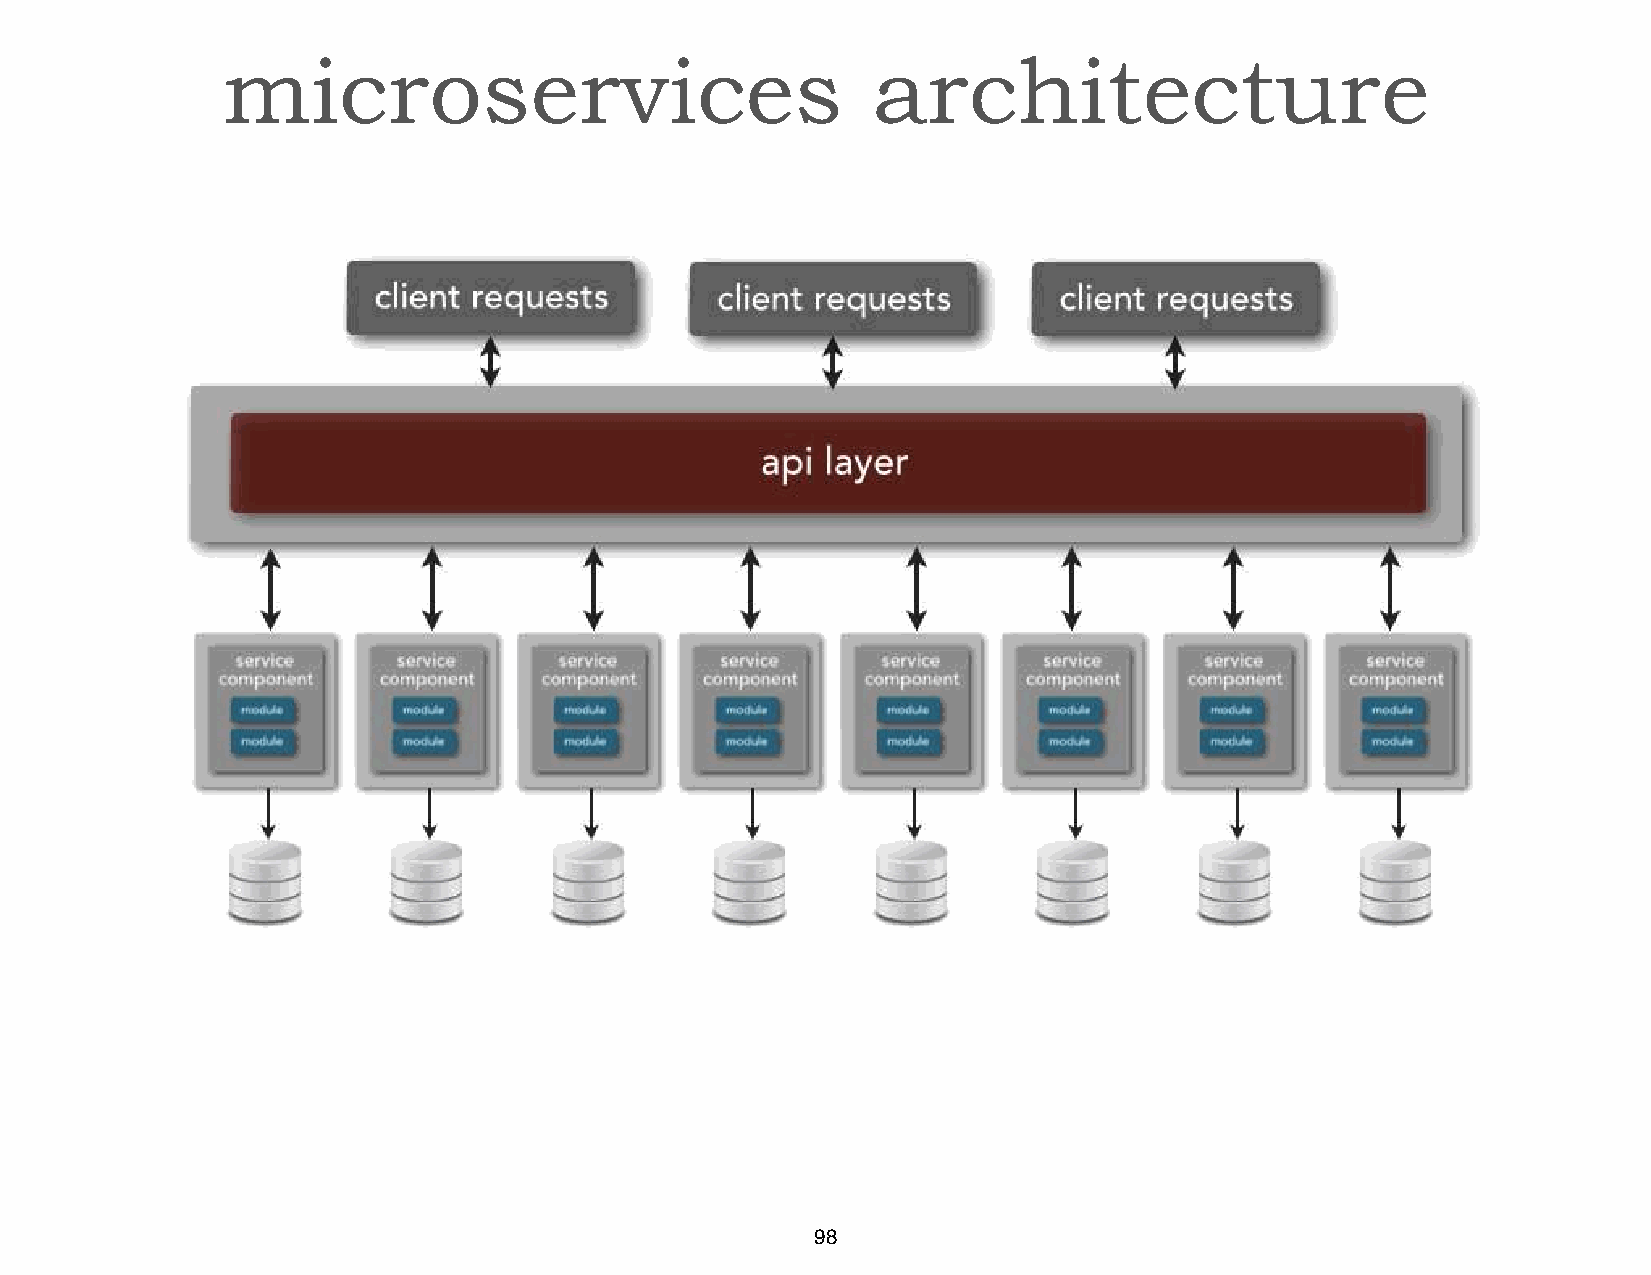
microservices                              architecture
 98